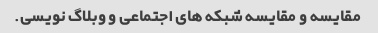
مقایسه و مقایسه شبکه های اجتماعی و وبلاگ نویسی.